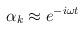
LaTeX: \begin{align*}\alpha _k\approx e^{-i\omega t} \end{align*}